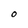
Character: O